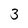
Character: 3